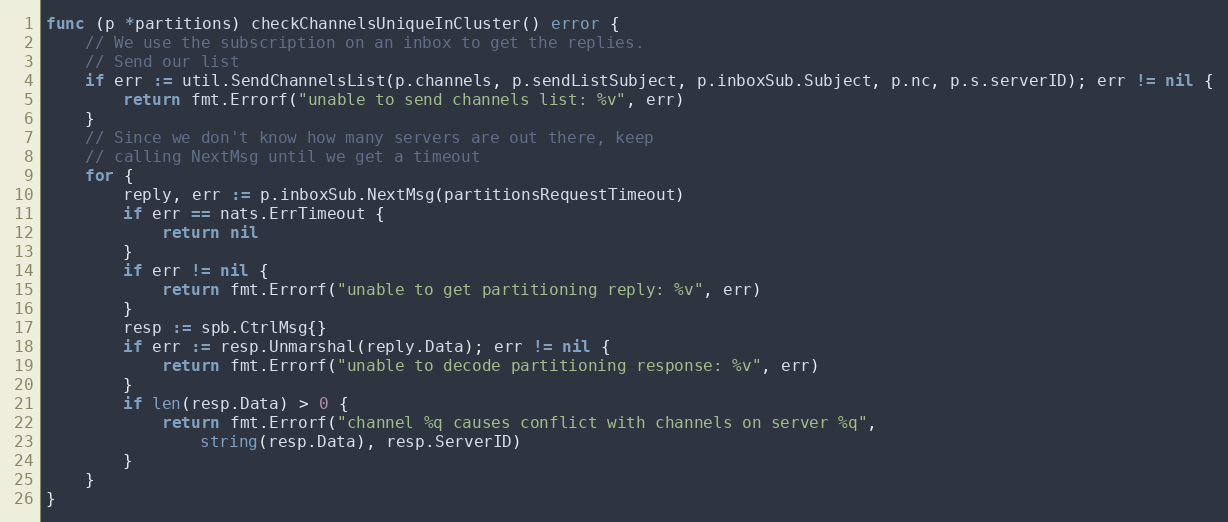
Language: Go
func (p *partitions) checkChannelsUniqueInCluster() error {
	// We use the subscription on an inbox to get the replies.
	// Send our list
	if err := util.SendChannelsList(p.channels, p.sendListSubject, p.inboxSub.Subject, p.nc, p.s.serverID); err != nil {
		return fmt.Errorf("unable to send channels list: %v", err)
	}
	// Since we don't know how many servers are out there, keep
	// calling NextMsg until we get a timeout
	for {
		reply, err := p.inboxSub.NextMsg(partitionsRequestTimeout)
		if err == nats.ErrTimeout {
			return nil
		}
		if err != nil {
			return fmt.Errorf("unable to get partitioning reply: %v", err)
		}
		resp := spb.CtrlMsg{}
		if err := resp.Unmarshal(reply.Data); err != nil {
			return fmt.Errorf("unable to decode partitioning response: %v", err)
		}
		if len(resp.Data) > 0 {
			return fmt.Errorf("channel %q causes conflict with channels on server %q",
				string(resp.Data), resp.ServerID)
		}
	}
}